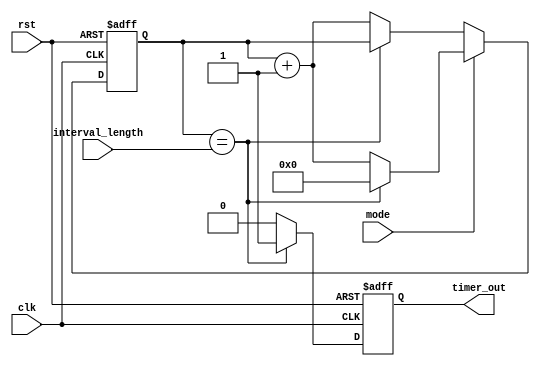
module Interval_Timer (
  input wire clk,
  input wire rst,
  input wire [31:0] interval_length,
  input wire mode,
  output reg timer_out
);

reg [31:0] count;

always @ (posedge clk or posedge rst) begin
  if (rst) begin
    count <= 0;
    timer_out <= 0;
  end else begin
    if (mode) begin // Auto-reload mode
      if (count == interval_length) begin
        count <= 0;
        timer_out <= 1;
      end else begin
        count <= count + 1;
        timer_out <= 0;
      end
    end else begin // One-shot mode
      if (count == interval_length) begin
        count <= count;
        timer_out <= 1;
      end else begin
        count <= count + 1;
        timer_out <= 0;
      end
    end
  end
end

endmodule